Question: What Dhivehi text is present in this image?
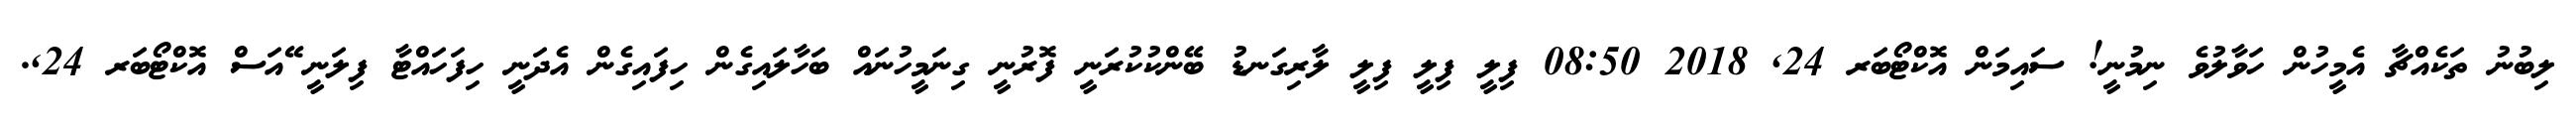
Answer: ލިބުނު ތަކެއްޗާ އެމީހުން ހަވާލުވެ ނިމުނީ! ސައިމަން އޮކްޓޯބަރ 24, 2018 08:50 ފިލީ ފިލީ ފިލީ ލާރިގަނޑު ބޭންކުކުރަނީ ފޮރުނީ ގިނަމީހުނައް ބަހާލައިގެން ހިފައިގެން އެދަނީ ހިފަހައްޓާ ފިލަނީ ޭއަސް އޮކްޓޯބަރ 24,.